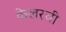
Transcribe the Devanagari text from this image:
केलरची